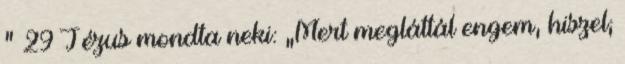
” 29 Jézus mondta neki: „Mert megláttál engem, hiszel;